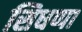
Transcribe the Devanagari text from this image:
सिधप्पा